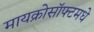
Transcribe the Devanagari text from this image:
मायक्रोसॉफ्टमधे